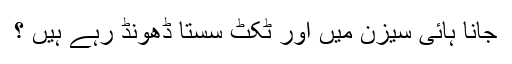
جانا ہائی سیزن میں اور ٹکٹ سستا ڈھونڈ رہے ہیں ؟